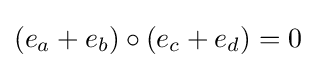
(e_{a}+e_{b})\circ (e_{c}+e_{d})=0